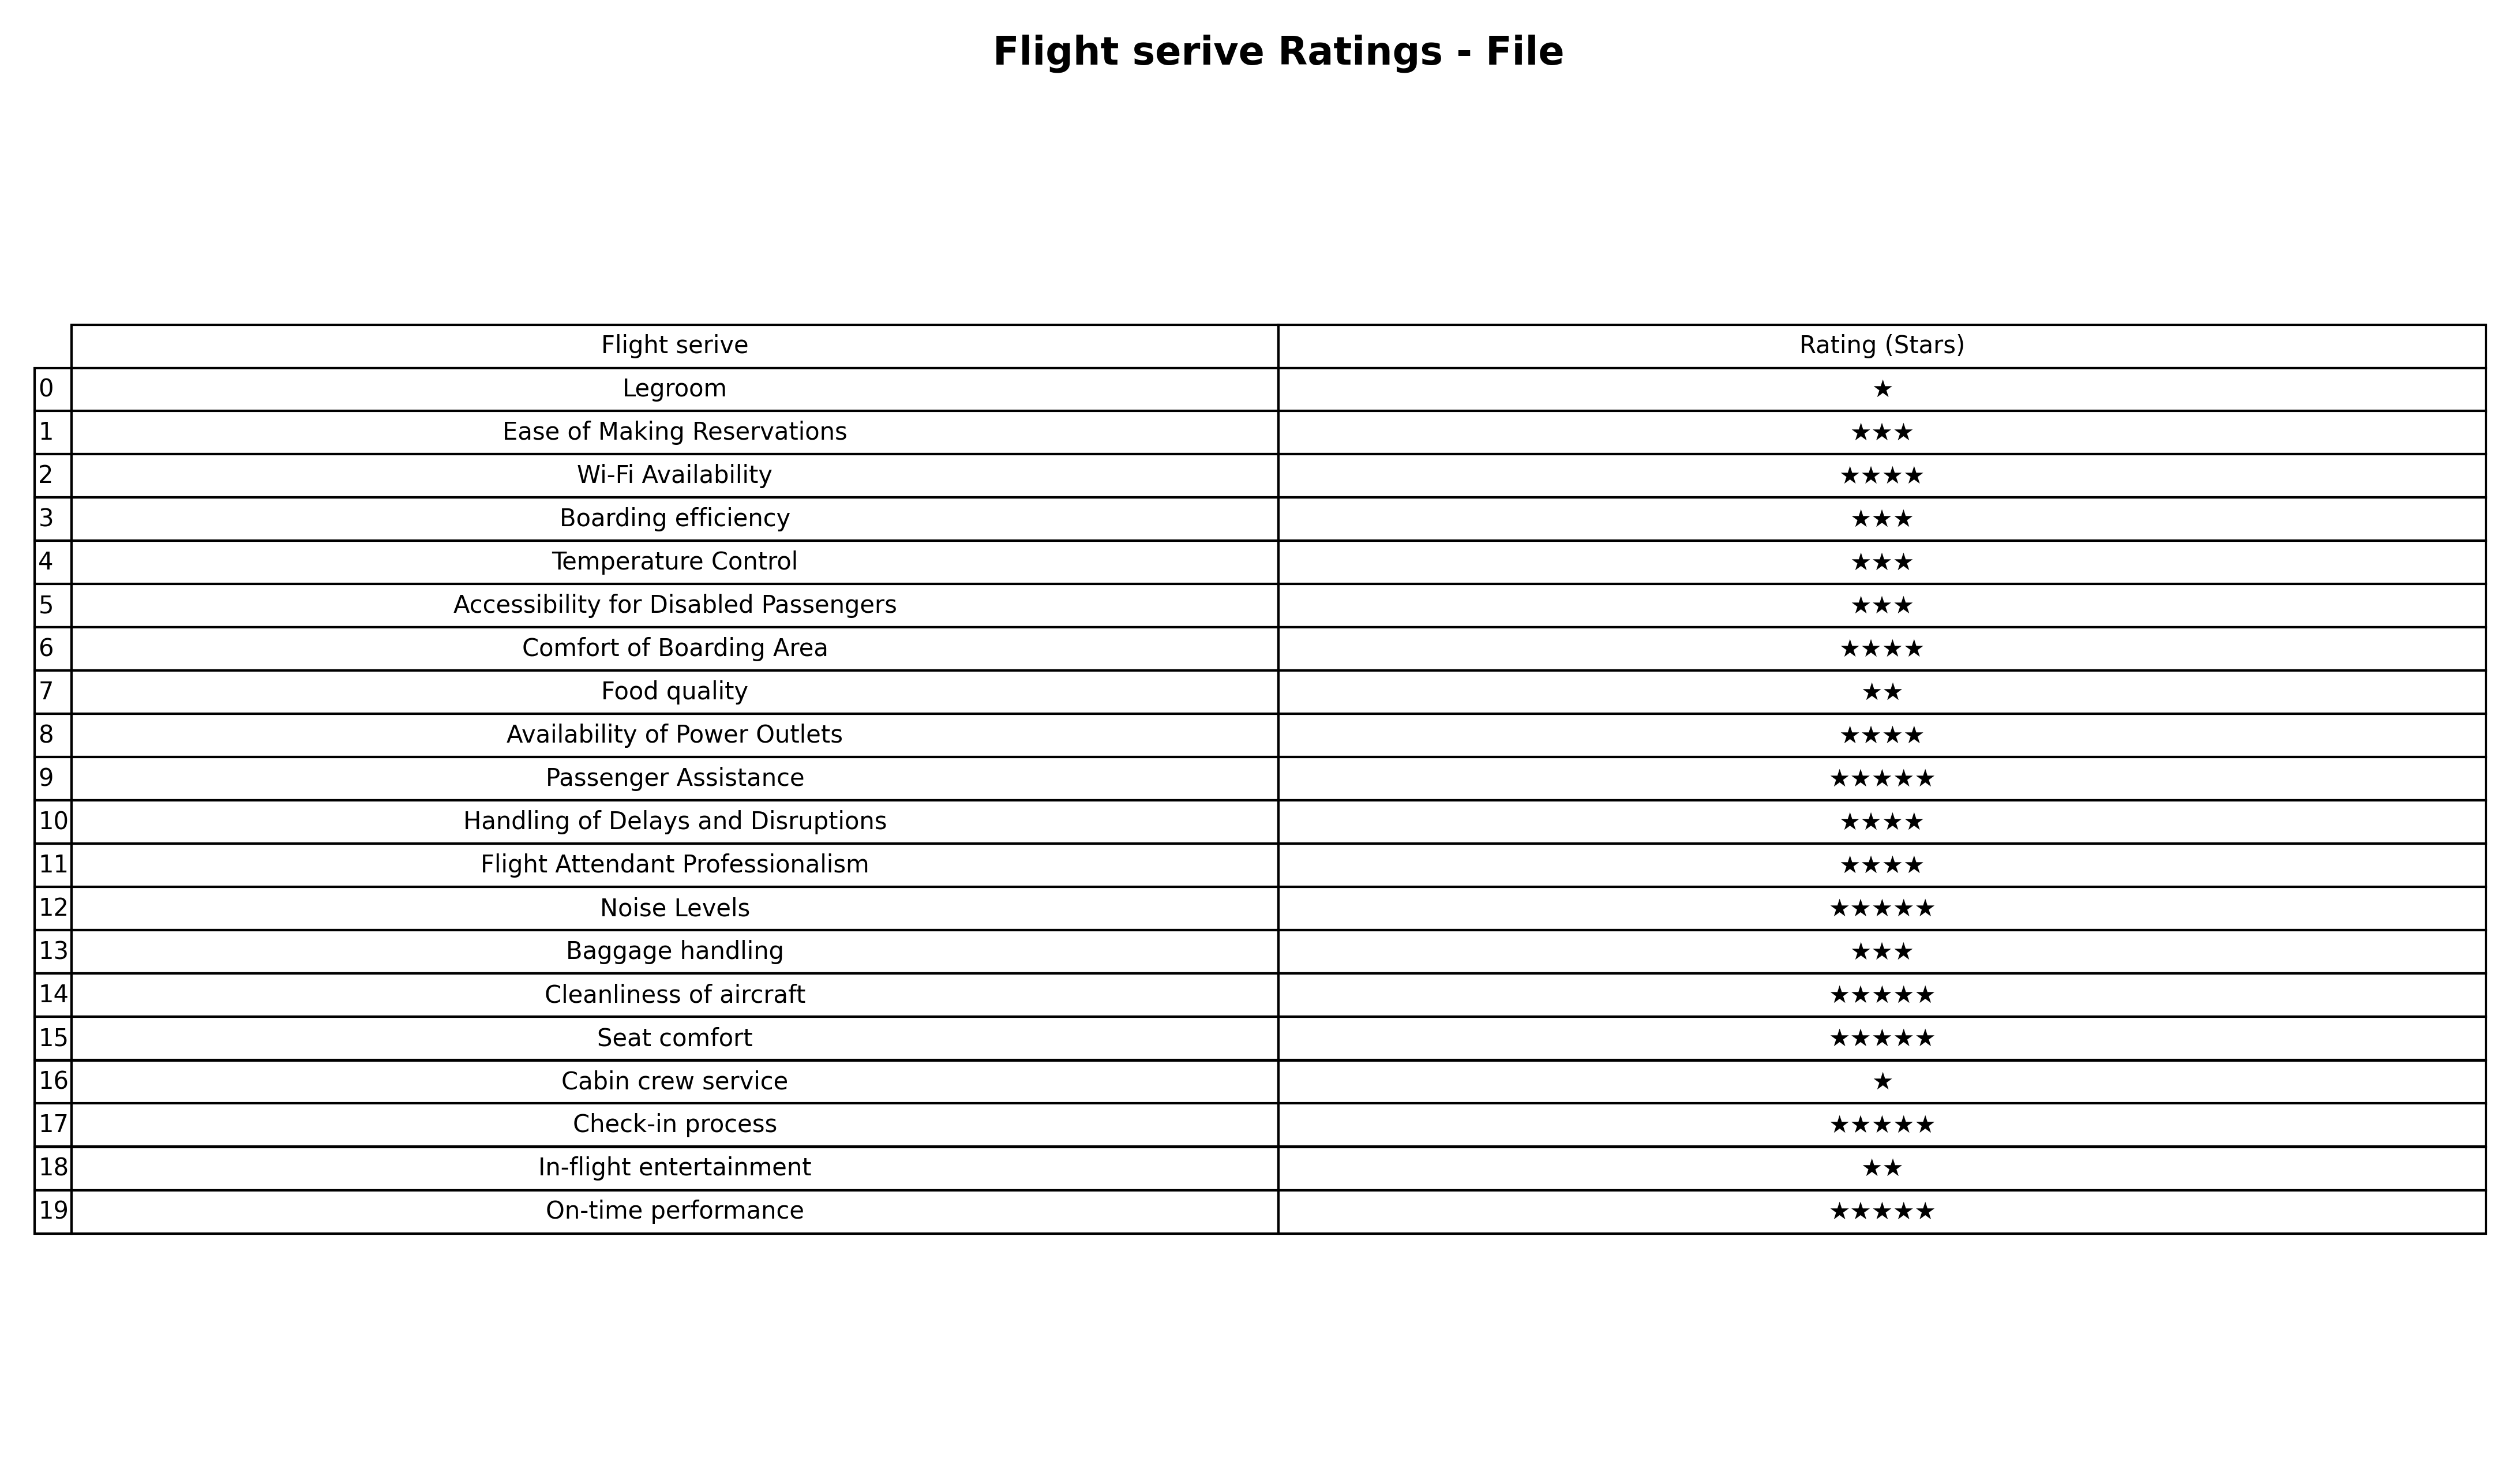
question: What are five star services?
answer: Passenger AssistanceNoise LevelsCleanliness of aircraftSeat comfortCheck-in processOn-time performance